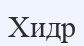
Хидр